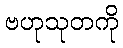
ဗဟုသုတကို